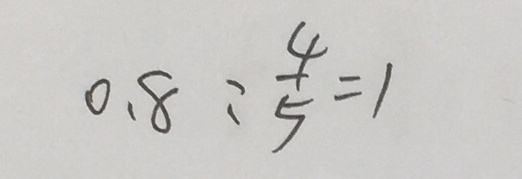
0 . 8 : \frac { 4 } { 5 } = 1